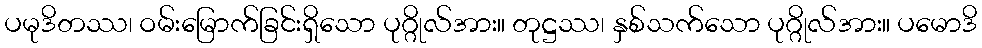
ပမုဒိတဿ၊ ဝမ်းမြောက်ခြင်းရှိသော ပုဂ္ဂိုလ်အား။ တုဋ္ဌဿ၊ နှစ်သက်သော ပုဂ္ဂိုလ်အား။ ပမောဒိ